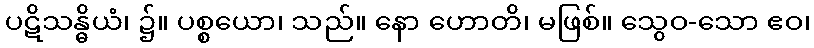
ပဋိသန္ဓိယံ၊ ၌။ ပစ္စယော၊ သည်။ နော ဟောတိ၊ မဖြစ်။ သွေဝ-သော ဧဝ၊